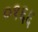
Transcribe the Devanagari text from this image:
०१६६